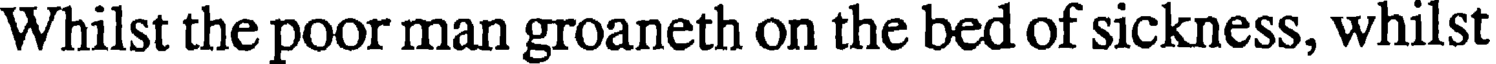
Whilst the poor man groaneth on the bed of sickness, whilst